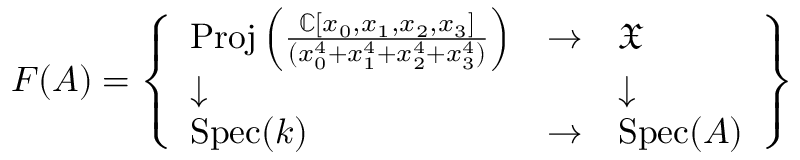
F ( A ) = \left\{ { \begin{array} { l l l } { \operatorname { P r o j } \left( { \frac { \mathbb { C } [ x _ { 0 } , x _ { 1 } , x _ { 2 } , x _ { 3 } ] } { ( x _ { 0 } ^ { 4 } + x _ { 1 } ^ { 4 } + x _ { 2 } ^ { 4 } + x _ { 3 } ^ { 4 } ) } } \right) } & { \to } & { { \mathfrak { X } } } \\ { \downarrow } & & { \downarrow } \\ { \operatorname { S p e c } ( k ) } & { \to } & { \operatorname { S p e c } ( A ) } \end{array} } \right\}